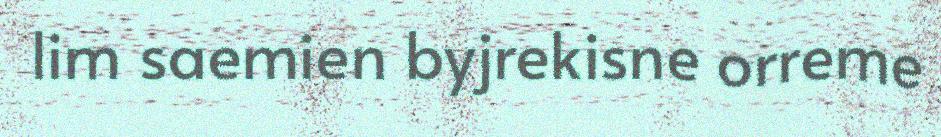
lim saemien byjrekisne orreme